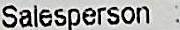
SALEPERSON: